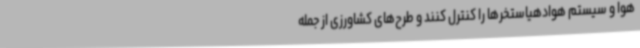
هوا و سیستم هوادهیاستخرها را کنترل کنند و طرح‌های کشاورزی از جمله